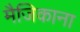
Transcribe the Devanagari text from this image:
मैजिकाना